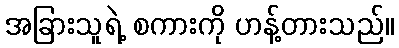
အခြားသူရဲ့ စကားကို ဟန့်တားသည်။